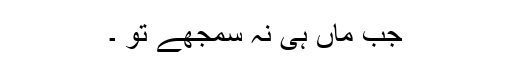
جب ماں ہی نہ سمجھے تو ۔